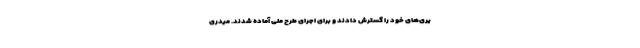
یری‌های خود را گسترش دادند و برای اجرای طرح ملی آماده شدند. میدری